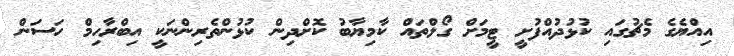
އިއްޔެގެ މެޗުގައި ކުޅުދުއްފުށީ ޓީމަށް ގޯލްތައް ކާމިޔާބު ކޮށްދިން ކުޅުންތެރިންނަކީ އިބްރާހިމް ހަސަން